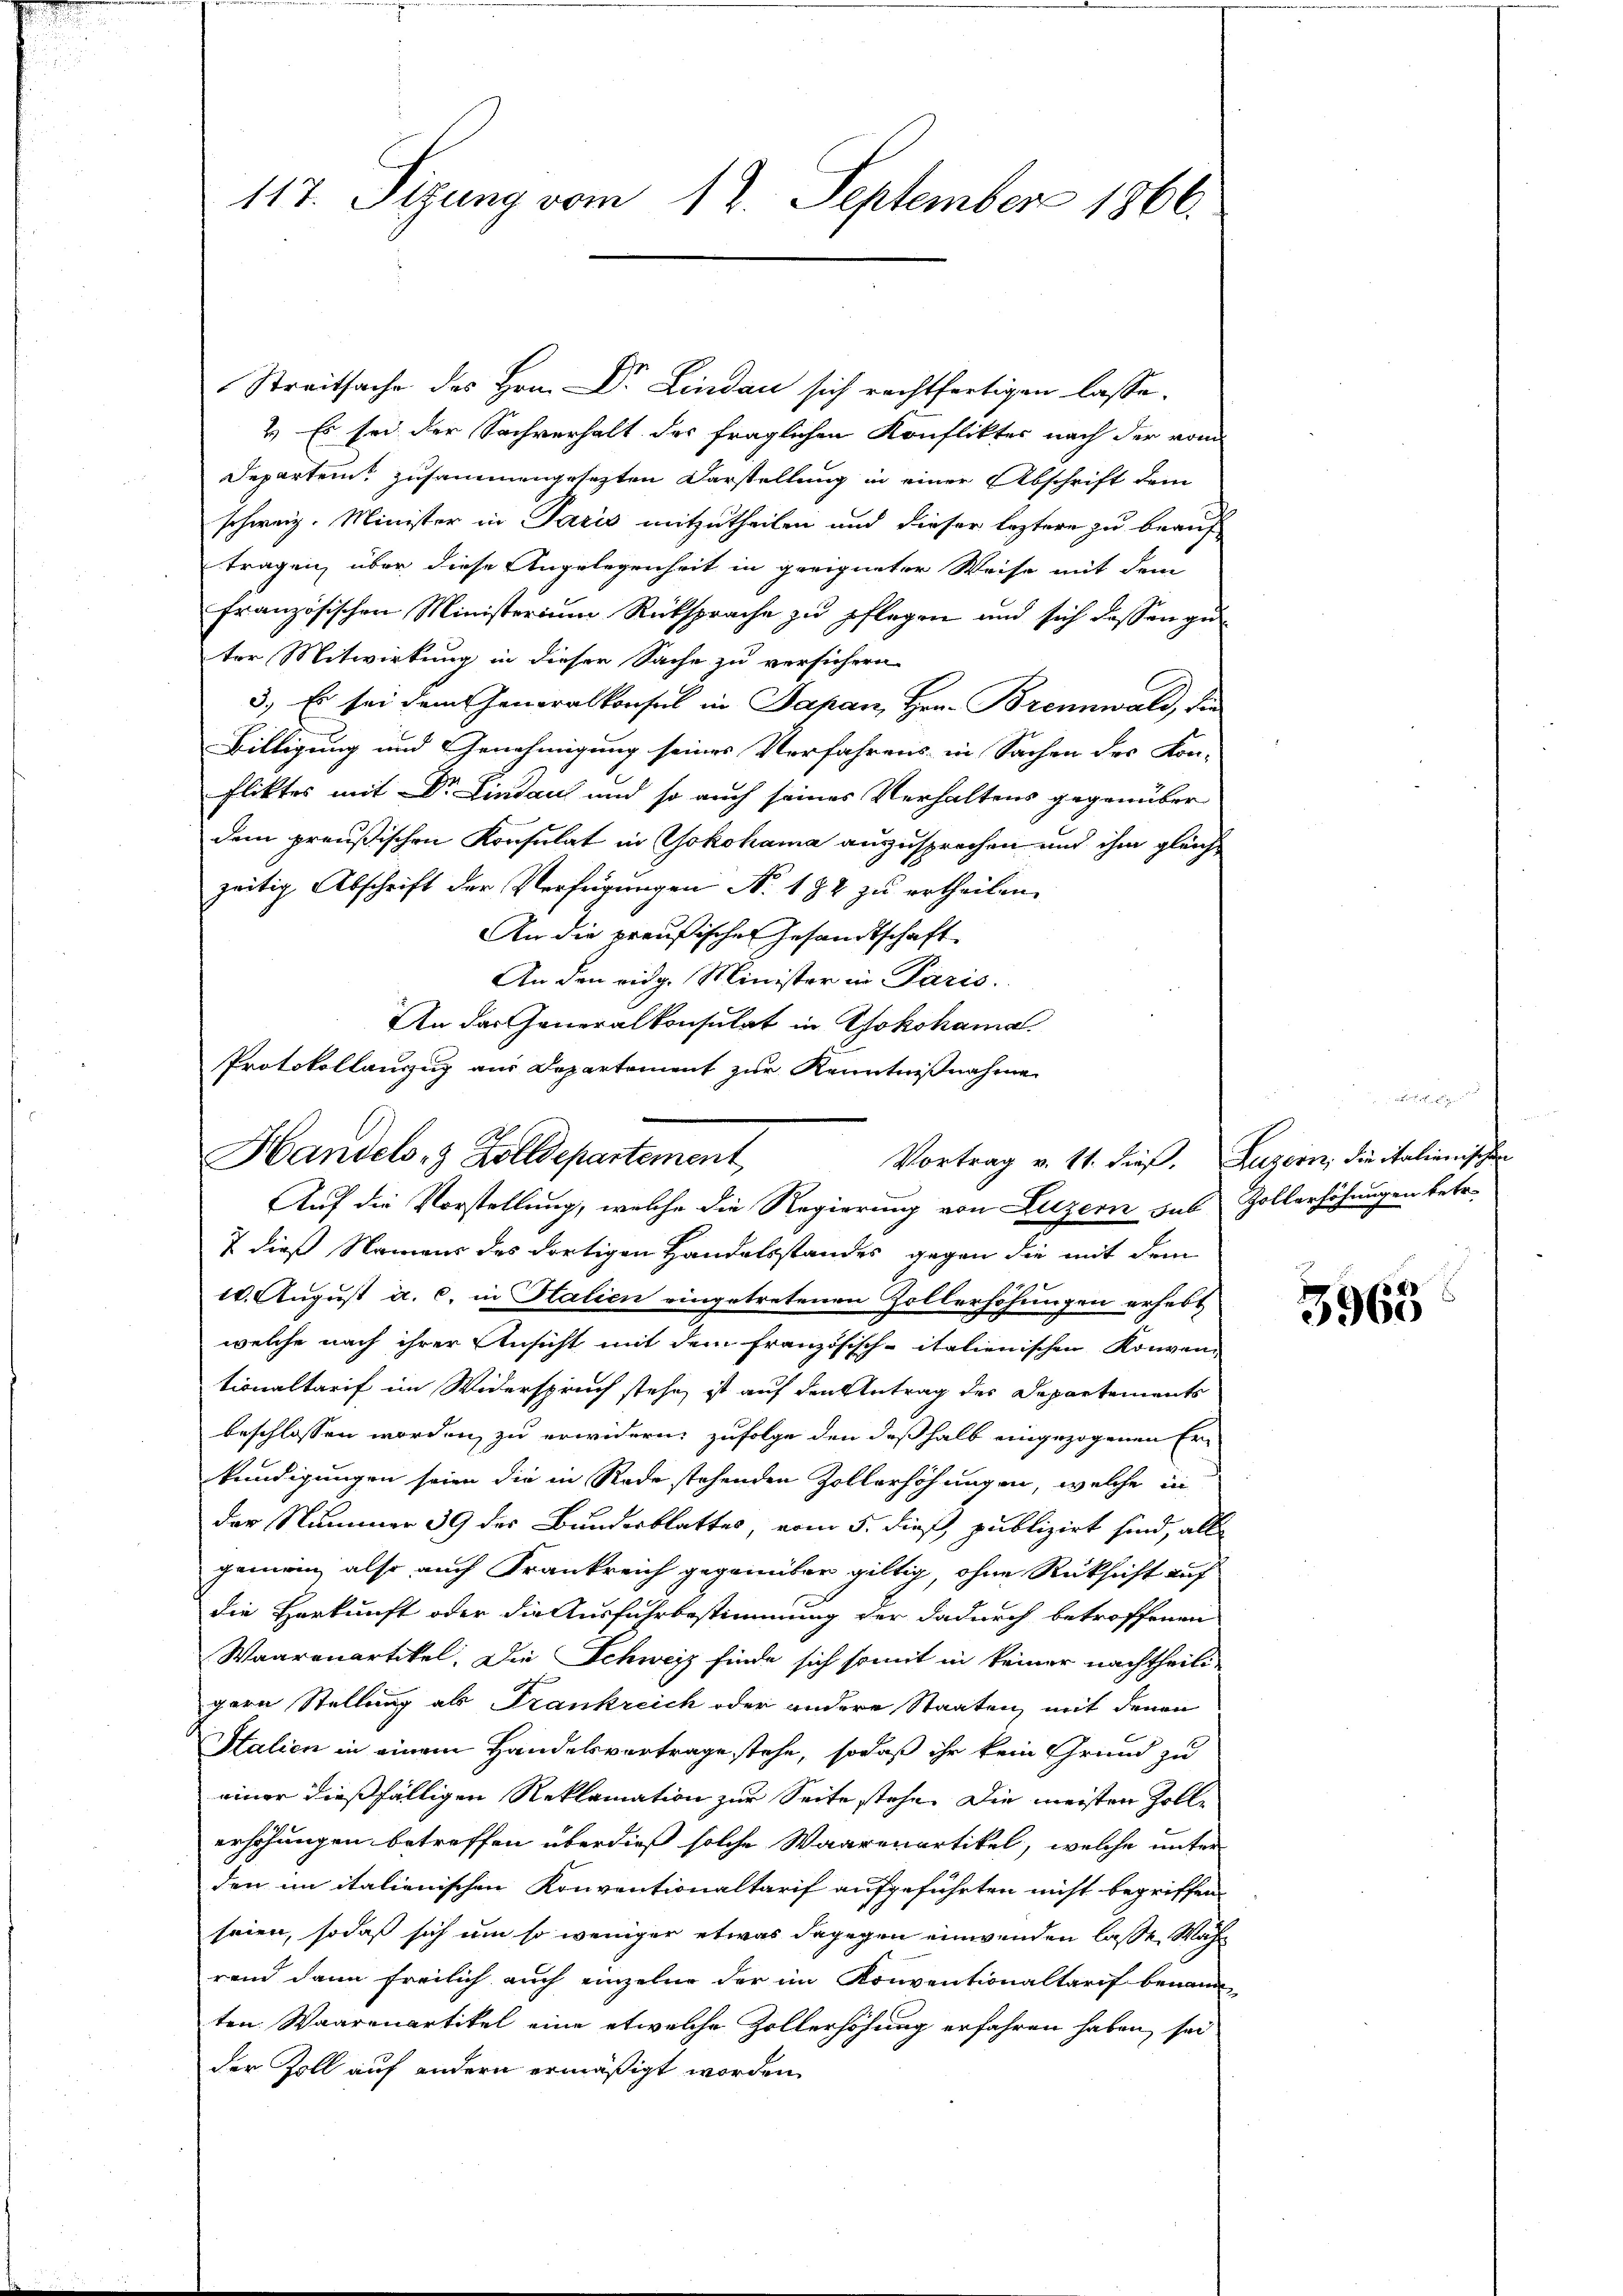
117. Sizung vom 12. September 1866.

Streitsache des Hrn. Dr. Lindau sich rechtfertigen lasse.
2) Es sei der Sachverhalt des fraglichen Konfliktes nach der vom
Departen zusammengesezten Darstellung in einer Abschrift dem
schweiz. Minister in Paris mitzutheilen und dieser leztere zu beauf
tragen, über diese Angelegenheit in geeigneter Weise mit dem
französischen Ministerium Rücksprache zu pflegen und sich dassen guter Mitwirkung in dieser Sache zu versichern
3.) Es sei dem Generalkonsul in Japan, Hrn. Brennwald, die
Biltigung und Genehmigung seines Verfahrens in Sachen des Kon-
fliktes mit Dr. Lindaus und so auch seines Verhaltens gegenüber
dem preußischen Konsulat in Yokohama auszusprechen und ihm gleichzeitig Abschrift der Verfügungen N. 182 zu ertheilen.
An die preußischen Gesandtschaft
An den eidg. Minister in Paris.
An das Generalkonsulat in Yokohama.
Protokollauszug aus Departement zur Kenntnißnahme

Handels- & Zolldepartement
Auf die Vorstellung, welche die Regierung von Luzern sub Zollerhöhungen betr.
I dieß Namens des dortigen Handelsstandes gegen die mit dem

10. August a. c. in Halien eingetretenen Zollerhöhungen erhebt,
welche nach ihrer Ansicht mit dem französisch-italienischen Konven-
tionaltarif im Widerspruch stehe, ist auf den Antrag des Departements
beschlossen worden, zu erwidern, zufolge den deßhalb eingezogenen Er-
kündigungen seien die in Rede stehenden Zollerhöhungen, welche in
der Nummer 39 des Bundesblattes, vom 5. dieß publizirt sind, all
gemein, also auch Frankreich gegenüber giltig, ohne Rüksicht auf
die Herkunft oder die Ausfuhrbestimmung der dadurch betroffenen
Waarenartikel. Die Schweiz finde sich somit in keiner nachtheili-
gern Stellung als Frankreich oder andere Staaten, mit denen
Stalien in einem Handelsvertrage stehe, sodaß ihr kein Grund zu
einer dießfälligen Reklamation zur Seite stehe. Die meisten Zollerhöhungen betreffen überdieß solche Waarenartikel, welche unter
den im italienischen Konventionaltarif aufgeführten nicht begriffen.
seien, sodaß sich um so weniger etwas dagegen einwenden lasse, Wahr
rend dann freilich auch einzelne der im Konventionaltarif benann
ten Waarenartikel eine etwelche Zollerhöhung erfahren haben sei
der Zoll auf andern ermäßigt worden.

herrsch
Vortrag v. 11. dieß. Luzern, die italienischen

3968